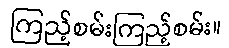
ကြည့်စမ်းကြည့်စမ်း။